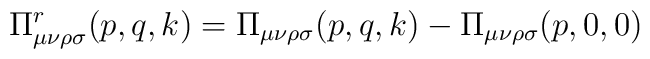
\Pi^r_{\mu \nu \rho \sigma}(p,q,k)= \Pi_{\mu \nu \rho \sigma}(p,q,k)- \Pi_{\mu \nu \rho \sigma}(p,0,0)